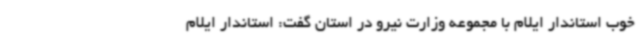
خوب استاندار ایلام با مجموعه وزارت نیرو در استان گفت: استاندار ایلام